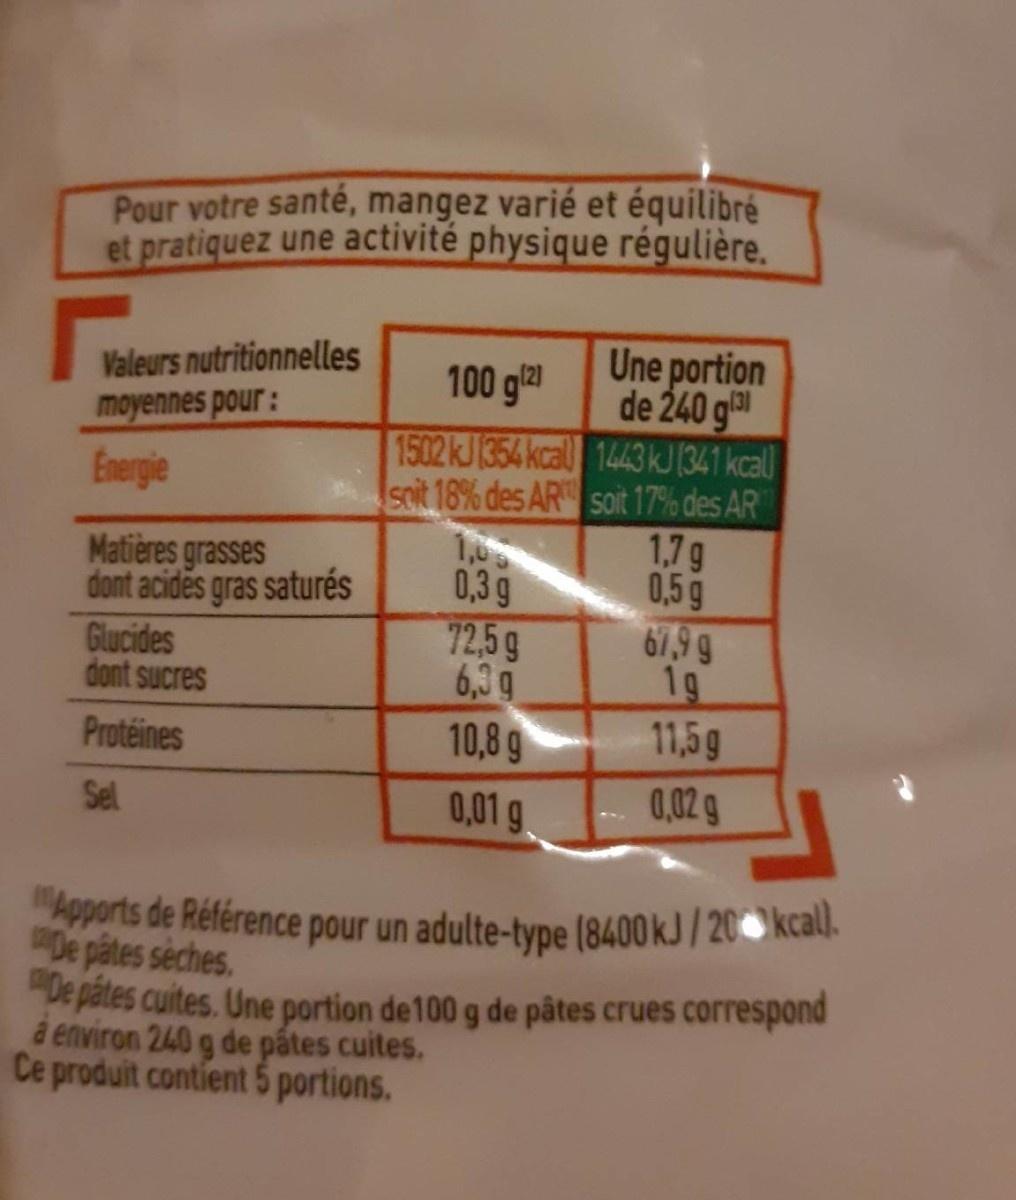
Pour votre santé, mangez varié et équilibré et pratiquez une activité physique régulière.
Une portion de 240 g 1502 KJ1354 kcal 1443KJ (341 kcal) soit 18% des AR soit 17% des AR 1,7g 0,5g 67,9 9 1g 11,5g
Valeurs nutritionnelles moyennes pour: Energie
100 ga
Matières grasses dont acides gras saturés Glucides dont sucres
1,0 0,3g 72,5g 6,3 g
Protéines
10,8 g
Sel
0,01 g
0,02 g
Apports de Référence pour un adulte-type (8400 kJ/20 kcal).
De pâtes seches. De pătes cuites. Une portion de 100 g de pâtes crues correspond à environ 240 g de pátes cuites. Ce produit contient 5 portions.
566